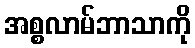
အစ္စလာမ်ဘာသာကို